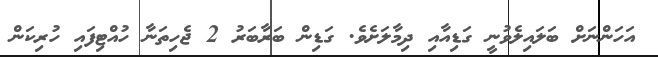
އަހަންނަށް ބަލައިލެވުނީ ގަޑިއާއި ދިމާލަށެވެ. ގަޑިން ބަރާބަރު 2 ޖެހިތަނާ ހުއްޓިފައި ހުރިކަން